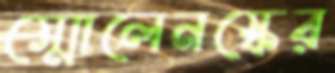
স্মোলেনস্কের